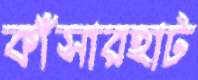
কাঁসারহাট